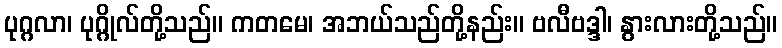
ပုဂ္ဂလာ၊ ပုဂ္ဂိုလ်တို့သည်။ ကတမေ၊ အဘယ်သည်တို့နည်း။ ဗလီဗဒ္ဒါ၊ နွားလားတို့သည်။